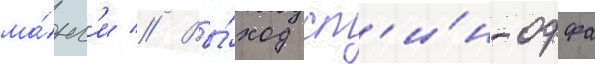
ма́нг'и // Вы́ход сп'и́н-оффа